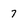
Character: 7